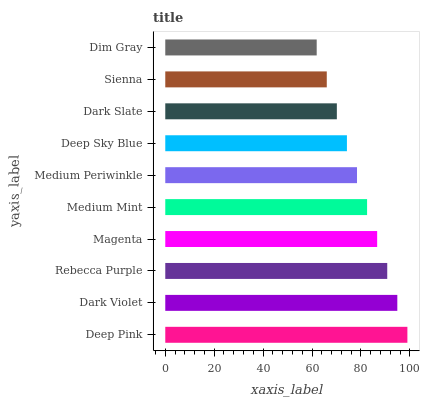
| yaxis_label | bars |
 | --- | --- |
 | Deep Pink | 99 |
 | Dark Violet | 94.9 |
 | Rebecca Purple | 90.8 |
 | Magenta | 86.6 |
 | Medium Mint | 82.5 |
 | Medium Periwinkle | 78.4 |
 | Deep Sky Blue | 74.3 |
 | Dark Slate | 70.2 |
 | Sienna | 66 |
 | Dim Gray | 61.9 |